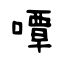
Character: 嘾